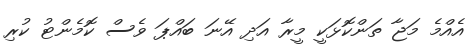
އެއްމެ މަޖާ ތަންކޮޅަކީ މީރާ އަދި އޭނަ ބައްޕަ ވެސް ކޮމެންޓު ކުރި